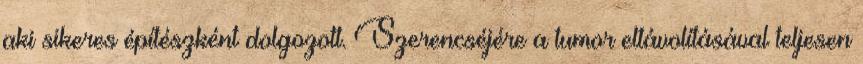
aki sikeres építészként dolgozott. Szerencséjére a tumor eltávolításával teljesen